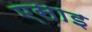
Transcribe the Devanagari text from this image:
एसाइ